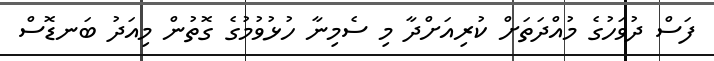
ފަސް ދުވަހުގެ މުއްދަތަށް ކުރިއަށްދާ މި ސެމިނާ ހުޅުވުމުގެ ގޮތުން މިއަދު ބަނޑޮސް